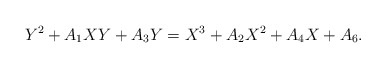
\begin{align*}Y^2 + A_1 XY + A_3 Y = X^3 + A_2 X^2 + A_4 X + A_6.\end{align*}